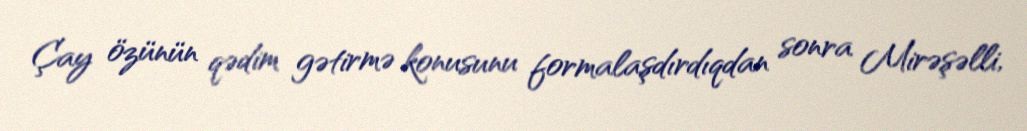
Çay özünün qədim gətirmə konusunu formalaşdırdıqdan sonra Mirəşəlli,